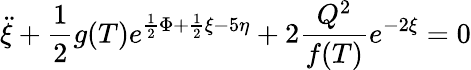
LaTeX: \ddot{\xi}+\frac{1}{2}g(T)e^{\frac{1}{2}\Phi+\frac{1}{2}\xi-5\eta}+2\frac{Q^{2}}{f(T)}e^{-2\xi}=0